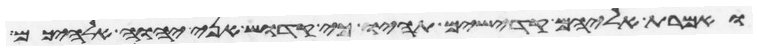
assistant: ואמרת אליהם קדישים תהיו כי קדוש אני יהוה אלהיכם